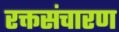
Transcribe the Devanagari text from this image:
रक्तसंचारण